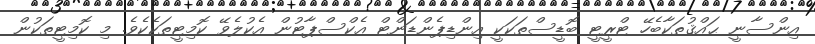
އިންސާނީ ޙައްޤުތަކާބެހޭ ޓްރީޓީ ބޮޑީސްތަކަކީ އިންޑިޕެންޑަންޓް އެކްސްޕާޓުން އެކުލެވޭ ކޮމިޓީތަކެކެވެ. މި ކޮމިޓީތަކުން